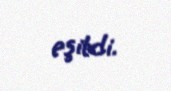
eşitdi.